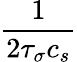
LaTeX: \frac{1}{2\tau_{\sigma}c_{s}}